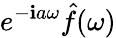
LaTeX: e^{-\mathbf{i}a\omega}{\hat{{f}}}(\omega)